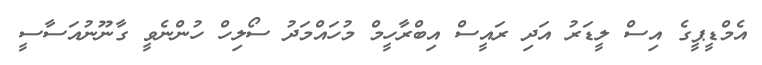
އެމްޑީޕީގެ އިސް ލީޑަރު އަދި ރައީސް އިބްރާހީމް މުހައްމަދު ސޯލިހް ހުންނެވީ ގާނޫނުއަސާސީ